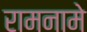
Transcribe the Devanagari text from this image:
रामनामे